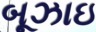
બૂઝાઇ